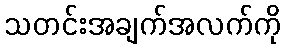
သတင်းအချက်အလက်ကို